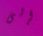
إلى